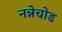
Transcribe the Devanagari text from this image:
नन्नेचोड